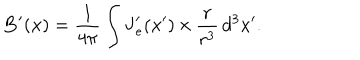
\mathbf { B } ^ { \prime } ( \mathbf { x } ) = \frac { 1 } { 4 \pi } \int \mathbf { J } _ { e } ^ { \prime } ( \mathbf { x } ^ { \prime } ) \, { \bf \times } \, \frac { \mathbf { r } } { r ^ { 3 } } \, d ^ { 3 } x ^ { \prime } .